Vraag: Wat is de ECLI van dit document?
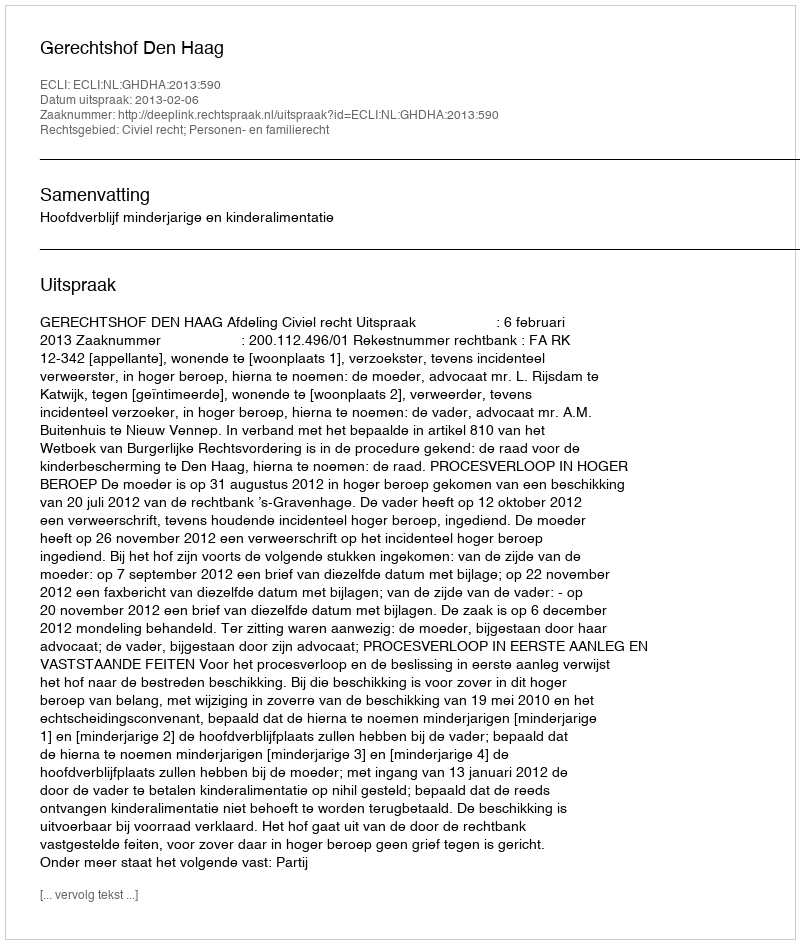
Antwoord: ECLI:NL:GHDHA:2013:590